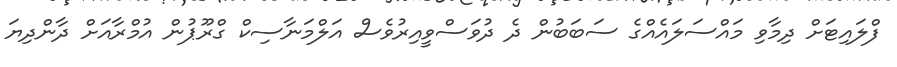
ފްލައިޓަށް ދިމާވި މައްސަލައެއްގެ ސަބަބުން ދެ ދުވަސްވީއިރުވެސް އަލްމަނާސިކް ގްރޫޕުން އުމްރާއަށް ދާންދިޔަ